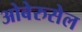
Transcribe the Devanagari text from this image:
ओबेरुसेल